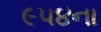
૯૫૪ના